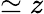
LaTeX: \simeq z